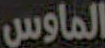
الماوس